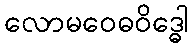
လောမဝေဓဝိဒ္ဓေါ